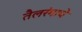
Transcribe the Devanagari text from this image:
तैलरंगाचे